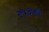
રજકણો